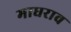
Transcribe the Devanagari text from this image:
माधराव